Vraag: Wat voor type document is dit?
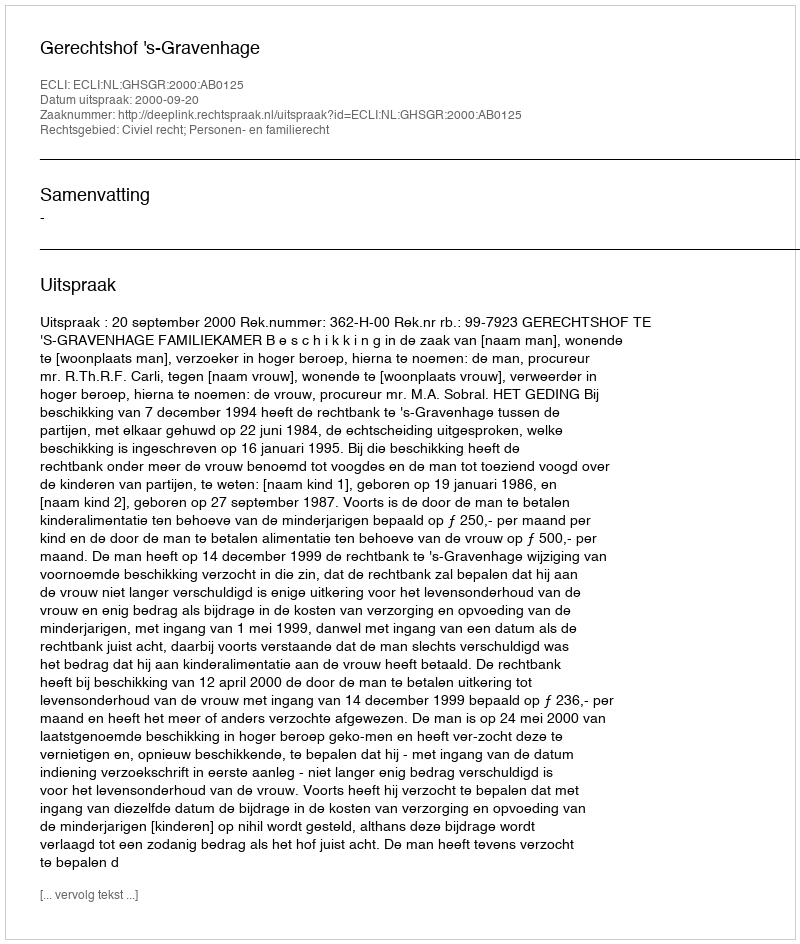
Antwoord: Uitspraak